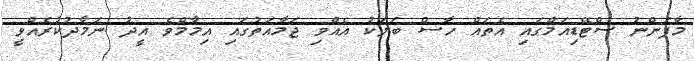
މާފަންނު ސްޓޭޑިއަމްގައި އެތައް ހާސް ބަޔަކު އެއްވި ޖަމާއަތުގައި އިމާމްވެ އީދު ނަމާދުކުރެއްވީ